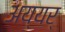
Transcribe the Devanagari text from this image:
अय्यर्